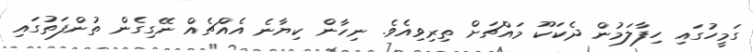
ގަމީހުގައި ހިފާލަމުން ދެކަކޫ މައްޗަށް ތިރިވިއެވެ. ނިހާން ކިޔާނެ އެއްޗެއް ނޭގިގެން ތުންފަތުގައި